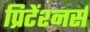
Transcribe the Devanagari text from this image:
प्रिटेंश्नर्स